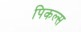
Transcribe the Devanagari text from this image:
पिकल्स